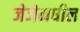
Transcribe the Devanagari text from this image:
जेजेमधील